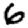
Digit: 6